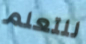
للتعلم